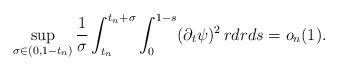
LaTeX: \begin{align*}\sup_{\sigma\in(0,1-t_n)}\frac{1}{\sigma}\int_{t_n}^{t_n+\sigma}\int_0^{1-s}(\partial_t\psi)^2\,rdrds=o_n(1).\end{align*}